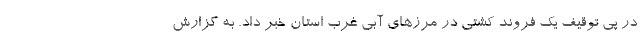
در پی توقیف یک فروند کشتی در مرزهای آبی غرب استان خبر داد. به گزارش